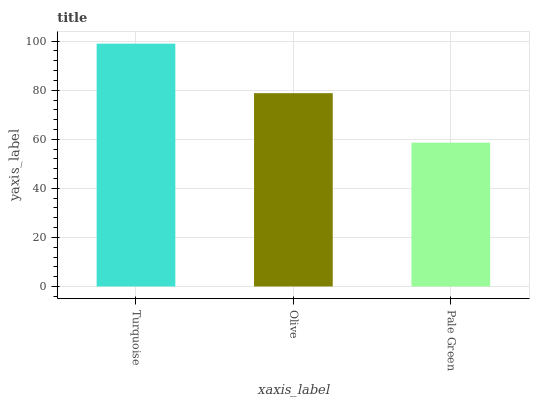
| xaxis_label | bars |
 | --- | --- |
 | Turquoise | 99 |
 | Olive | 78.8 |
 | Pale Green | 58.6 |